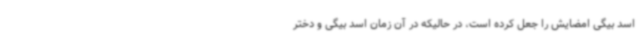
اسد بیگی امضایش را جعل کرده است، در حالیکه در آن زمان اسد بیگی و دختر